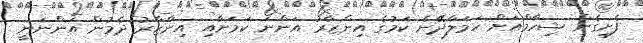
ފެށިގެން ޝިހާމްއަށް ހަމަލާދޭނެ ކަމުގެ އިންޒާރު އަންނަ ކަމަށާއި އިންޒާރު ދެމުން އަންނަނީ